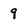
Character: 9